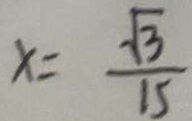
x = \frac { \sqrt { 3 } } { 1 5 }